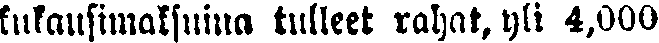
kukausimaksuina tulleet rahat, yli 4,000